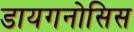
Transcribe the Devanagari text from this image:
डायगनोसिस